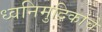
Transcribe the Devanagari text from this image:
ध्वनिमुद्रिकांचे